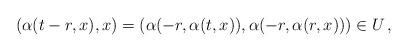
LaTeX: \begin{align*}(\alpha(t-r,x),x)=(\alpha(-r,\alpha(t,x)),\alpha(-r,\alpha(r,x))) \in U \,,\end{align*}